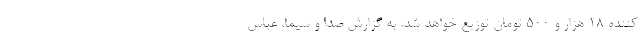
کننده ۱۸ هزار و ۵۰۰ تومان توزیع خواهد شد. به گزارش صدا و سیما، عباس